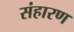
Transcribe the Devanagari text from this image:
संहारण